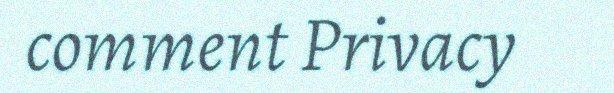
comment Privacy